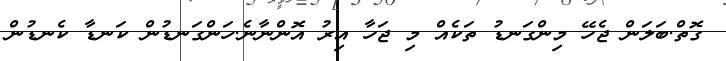
ގޮތް.ބަލަން ޖެހޭ މިންގަނޑު ތަކެއް މި ޖަހާ އިރު އޮންނާނެ.ހަންގަނޑުން ކަނޑާ ކެނޑުން